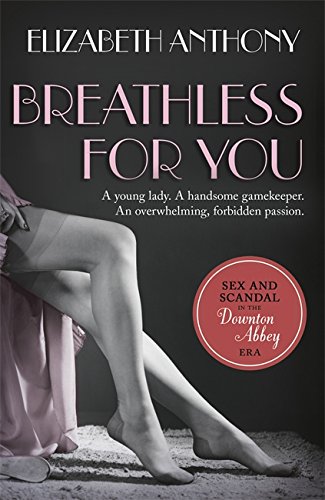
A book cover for Breathless for You; Elizabeth Anthony; Romance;